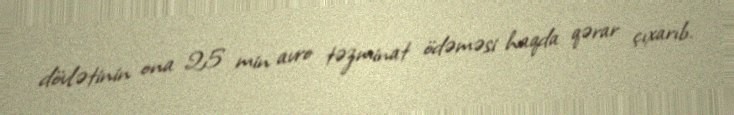
dövlətinin ona 25 min avro təzminat ödəməsi haqda qərar çıxarıb.